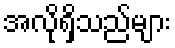
အလိုရှိသည်များ